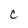
Character: C